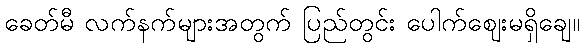
ခေတ်မီ လက်နက်များအတွက် ပြည်တွင်း ပေါက်ဈေးမရှိချေ။